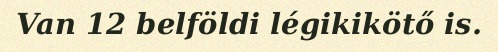
Van 12 belföldi légikikötő is.